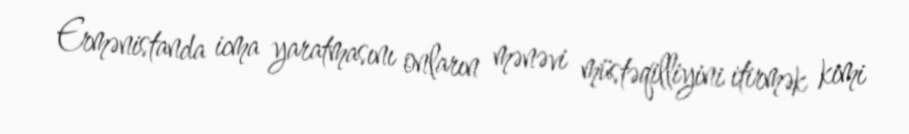
Ermənistanda icma yaratmasını onların mənəvi müstəqilliyini itirmək kimi